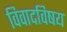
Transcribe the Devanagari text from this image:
विवादविषय